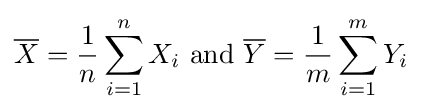
{\overline {X}}={\frac {1}{n}}\sum _{i=1}^{n}X_{i}{\text{  and  }}{\overline {Y}}={\frac {1}{m}}\sum _{i=1}^{m}Y_{i}